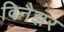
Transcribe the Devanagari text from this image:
विनैझर